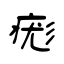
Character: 痝